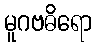
မူဂဗဓိရော